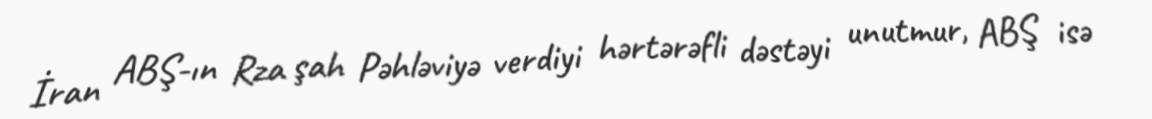
İran ABŞ-ın Rza şah Pəhləviyə verdiyi hərtərəfli dəstəyi unutmur, ABŞ isə